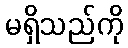
မရှိသည်ကို